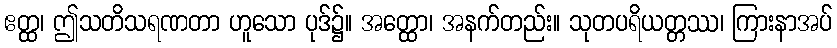
ဧတ္ထ၊ ဤသတိသရဏတာ ဟူသော ပုဒ်၌။ အတ္ထော၊ အနက်တည်း။ သုတပရိယတ္တဿ၊ ကြားနာအပ်